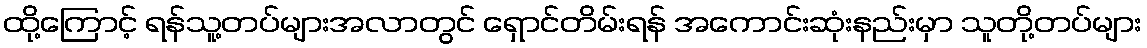
ထို့ကြောင့် ရန်သူ့တပ်များအလာတွင် ရှောင်တိမ်းရန် အကောင်းဆုံးနည်းမှာ သူတို့တပ်များ